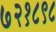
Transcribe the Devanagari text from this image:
७२१८९८